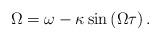
LaTeX: \begin{align*}\Omega=\omega-\kappa\sin\left(\Omega\tau\right).\end{align*}